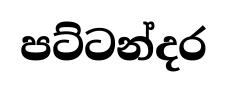
පට්ටන්දර